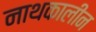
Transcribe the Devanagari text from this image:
नाथकालीन